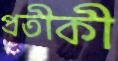
প্রতীকী